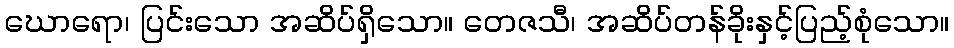
ဃောရော၊ ပြင်းသော အဆိပ်ရှိသော။ တေဇသီ၊ အဆိပ်တန်ခိုးနှင့်ပြည့်စုံသော။